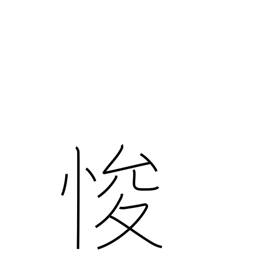
Meaning: amend